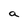
Character: a